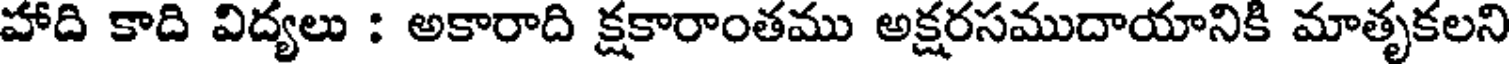
హాది కాది విద్యలు : అకారాది క్షకారాంతము అక్షరసముదాయానికి మాతృకలని